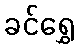
ခင်ရွှေ